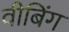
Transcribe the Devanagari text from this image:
वीबिंग